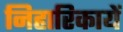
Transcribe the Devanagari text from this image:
निहारिकायें